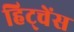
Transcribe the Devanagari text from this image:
हिट्चेंस